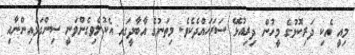
މިއީ އެކި ދަރިކޮޅުގެ މީހުން ދިރިއުޅޭ ސަރަހައްދެކެވެ. މިތަނުގެ އާބާދީގައި އެކުލެވިގެންވަނީ ސިންގަޅައިންނާއި